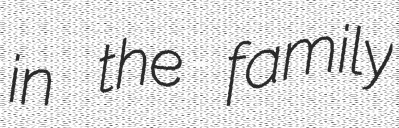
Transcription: in the family